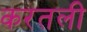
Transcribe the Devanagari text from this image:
करतली